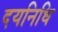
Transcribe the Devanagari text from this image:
दयनिधि